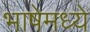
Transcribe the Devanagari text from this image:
भाषेमध्‍ये